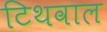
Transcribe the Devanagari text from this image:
टिथवाल